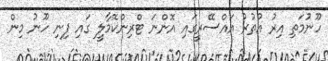
ހޫނުުމަތި އިރު އުތުރު އައްސޭރީގައި އޮންނަ ޓްރިންކޮމާލީ ގައި ފިނި ހޫނު މިން